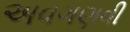
અવગણવી